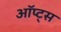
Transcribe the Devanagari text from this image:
ऑप्ट्स